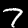
Label: 7